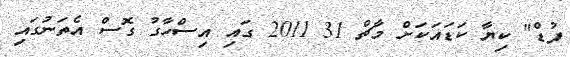
ފުޑް" ކިޔާ ކަޑައަކަށް މާޗް 31 2011 ގައި އިސްހާގު ގޮސް އެތަނުގައި